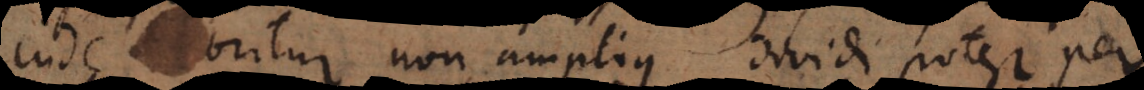
inde oritur non amplius dividi potest per